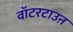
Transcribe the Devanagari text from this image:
वॉटरटाउऩ